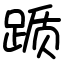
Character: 踬